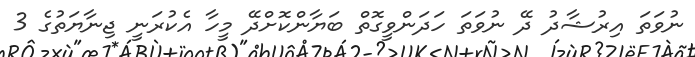
ނުވަތަ އިރުޝާދު ދޭ ނުވަތަ ހަދަންވީގޮތް ބަޔާންކޮށްދޭ މީހާ އެކުރަނީ ޖިނާޔަތުގެ 3